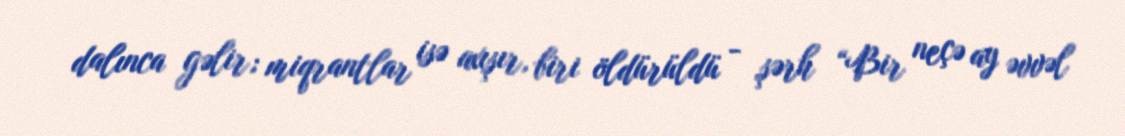
dalınca gəlir; miqrantlar isə axışır, biri öldürüldü - şərh “Bir neçə ay əvvəl